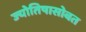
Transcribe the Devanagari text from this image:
ज्योतिषासोबत